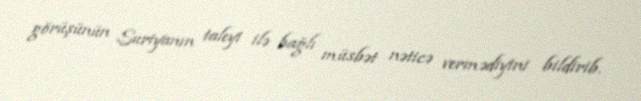
görüşünün Suriyanın taleyi ilə bağlı müsbət nəticə vermədiyini bildirib.